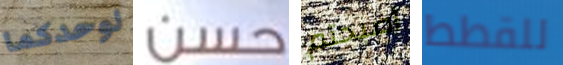
لوحدكما حسن أصبحتم للقطط